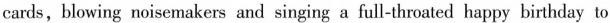
cards,blowing noisemakers and singing a full-throated happy birthday to